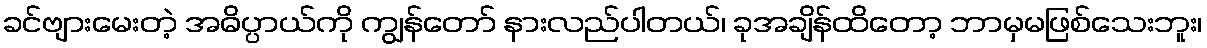
ခင်ဗျားမေးတဲ့ အဓိပ္ပာယ်ကို ကျွန်တော် နားလည်ပါတယ်၊ ခုအချိန်ထိတော့ ဘာမှမဖြစ်သေးဘူး၊